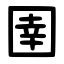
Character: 圉